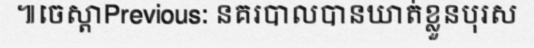
៕ចេស្តាPrevious: នគរបាលបានឃាត់ខ្លួនបុរស